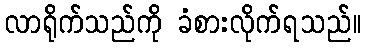
လာရိုက်သည်ကို ခံစားလိုက်ရသည်။